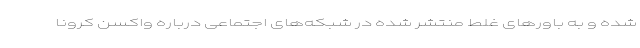
شده و به باورهای غلط منتشر شده در شبکه‌های اجتماعی درباره واکسن کرونا